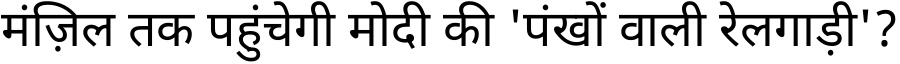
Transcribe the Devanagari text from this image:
मंज़िल तक पहुंचेगी मोदी की 'पंखों वाली रेलगाड़ी'?